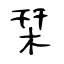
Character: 栞